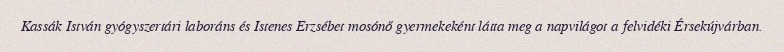
Kassák István gyógyszertári laboráns és Istenes Erzsébet mosónő gyermekeként látta meg a napvilágot a felvidéki Érsekújvárban.